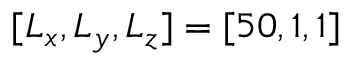
[ L _ { x } , L _ { y } , L _ { z } ] = [ 5 0 , 1 , 1 ]